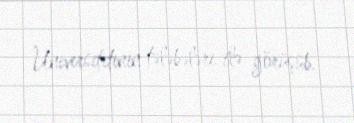
Universitetinin tələbələri ilə görüşüb.